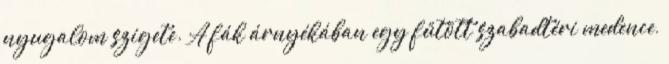
nyugalom szigete. A fák árnyékában egy fűtött szabadtéri medence,